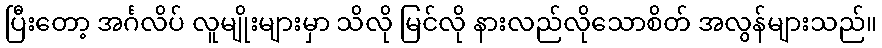
ပြီးတော့ အင်္ဂလိပ် လူမျိုးများမှာ သိလို မြင်လို နားလည်လိုသောစိတ် အလွန်များသည်။